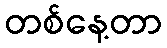
တစ်နေ့တာ